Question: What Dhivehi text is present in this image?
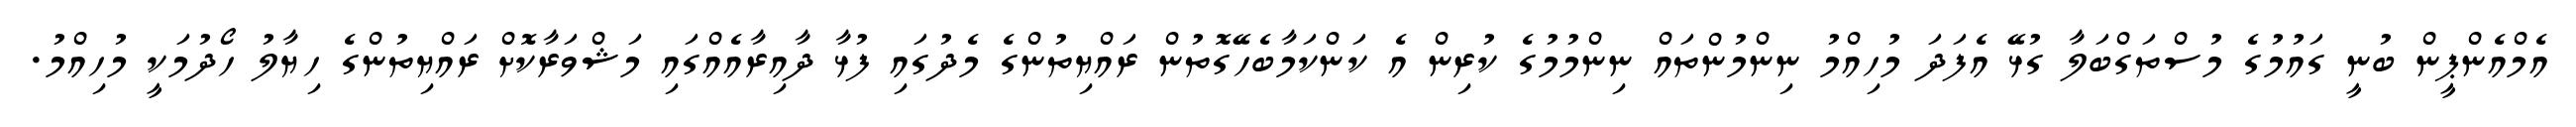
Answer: އެމްއެންޕީން ބުނީ ގައުމުގެ މުސްތަގްބަލާ ގުޅޭ އެފަދަ މުހިއްމު ނިންމުންތައް ނިންމުމުގެ ކުރިން އެ ކަންކަމާބެހޭގޮތުން ރައްޔިތުންގެ މެދުގައި ފުޅާ ދާއިރާއެއްގައި މަޝްވަރާކޮށް ރައްޔިތުންގެ ހިޔާލު ހޯދުމަކީ މުހިއްމު.